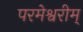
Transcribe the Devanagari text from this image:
परमेश्वरीम्